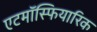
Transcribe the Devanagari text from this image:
एटमॉस्फियारिक